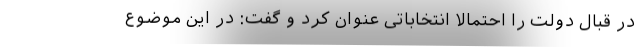
در قبال دولت را احتمالاً انتخاباتی عنوان کرد و گفت: در این موضوع